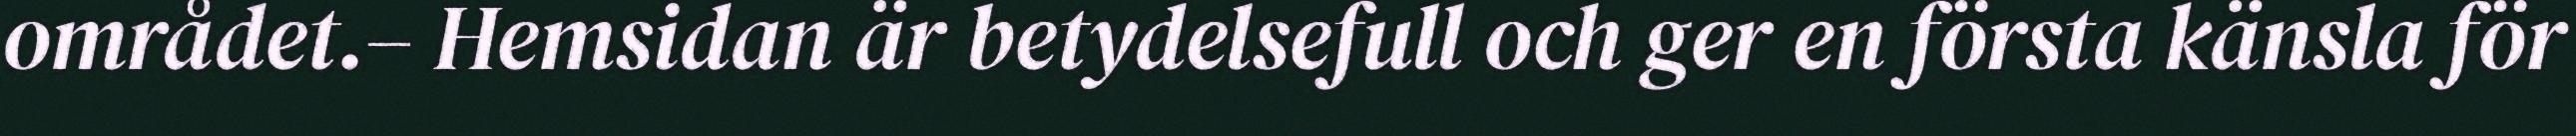
området.– Hemsidan är betydelsefull och ger en första känsla för